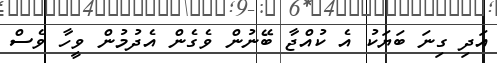
އަދި ގިނަ ބަޔަކު އެ ކުއްޖާ ބޭނުން ވެގެން އެދުމުން ވީހާ ވެސް